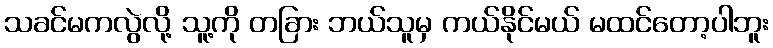
သခင်မကလွဲလို့ သူ့ကို တခြား ဘယ်သူမှ ကယ်နိုင်မယ် မထင်တော့ပါဘူး